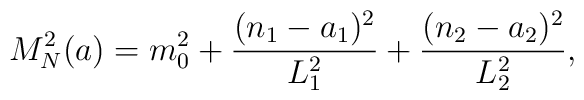
M_{N}^2 (a) = m_{0}^2 +\frac{(n_{1}-a_{1})^2}{L_{1}^2}   + \frac{(n_{2}-a_{2})^2}{L_{2}^2},